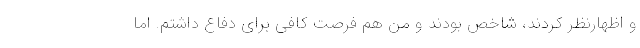
و اظهارنظر کردند، شاخص بودند و من هم فرصت کافی برای دفاع داشتم. اما